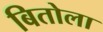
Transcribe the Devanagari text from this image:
बितोला